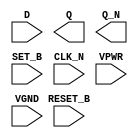
module sky130_fd_sc_hs__dfbbn (
    //# {{data|Data Signals}}
    input  D      ,
    output Q      ,
    output Q_N    ,

    //# {{control|Control Signals}}
    input  RESET_B,
    input  SET_B  ,

    //# {{clocks|Clocking}}
    input  CLK_N  ,

    //# {{power|Power}}
    input  VPWR   ,
    input  VGND
);
endmodule